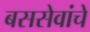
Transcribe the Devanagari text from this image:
बससेवांचे